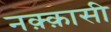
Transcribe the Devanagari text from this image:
नक़्क़ासी